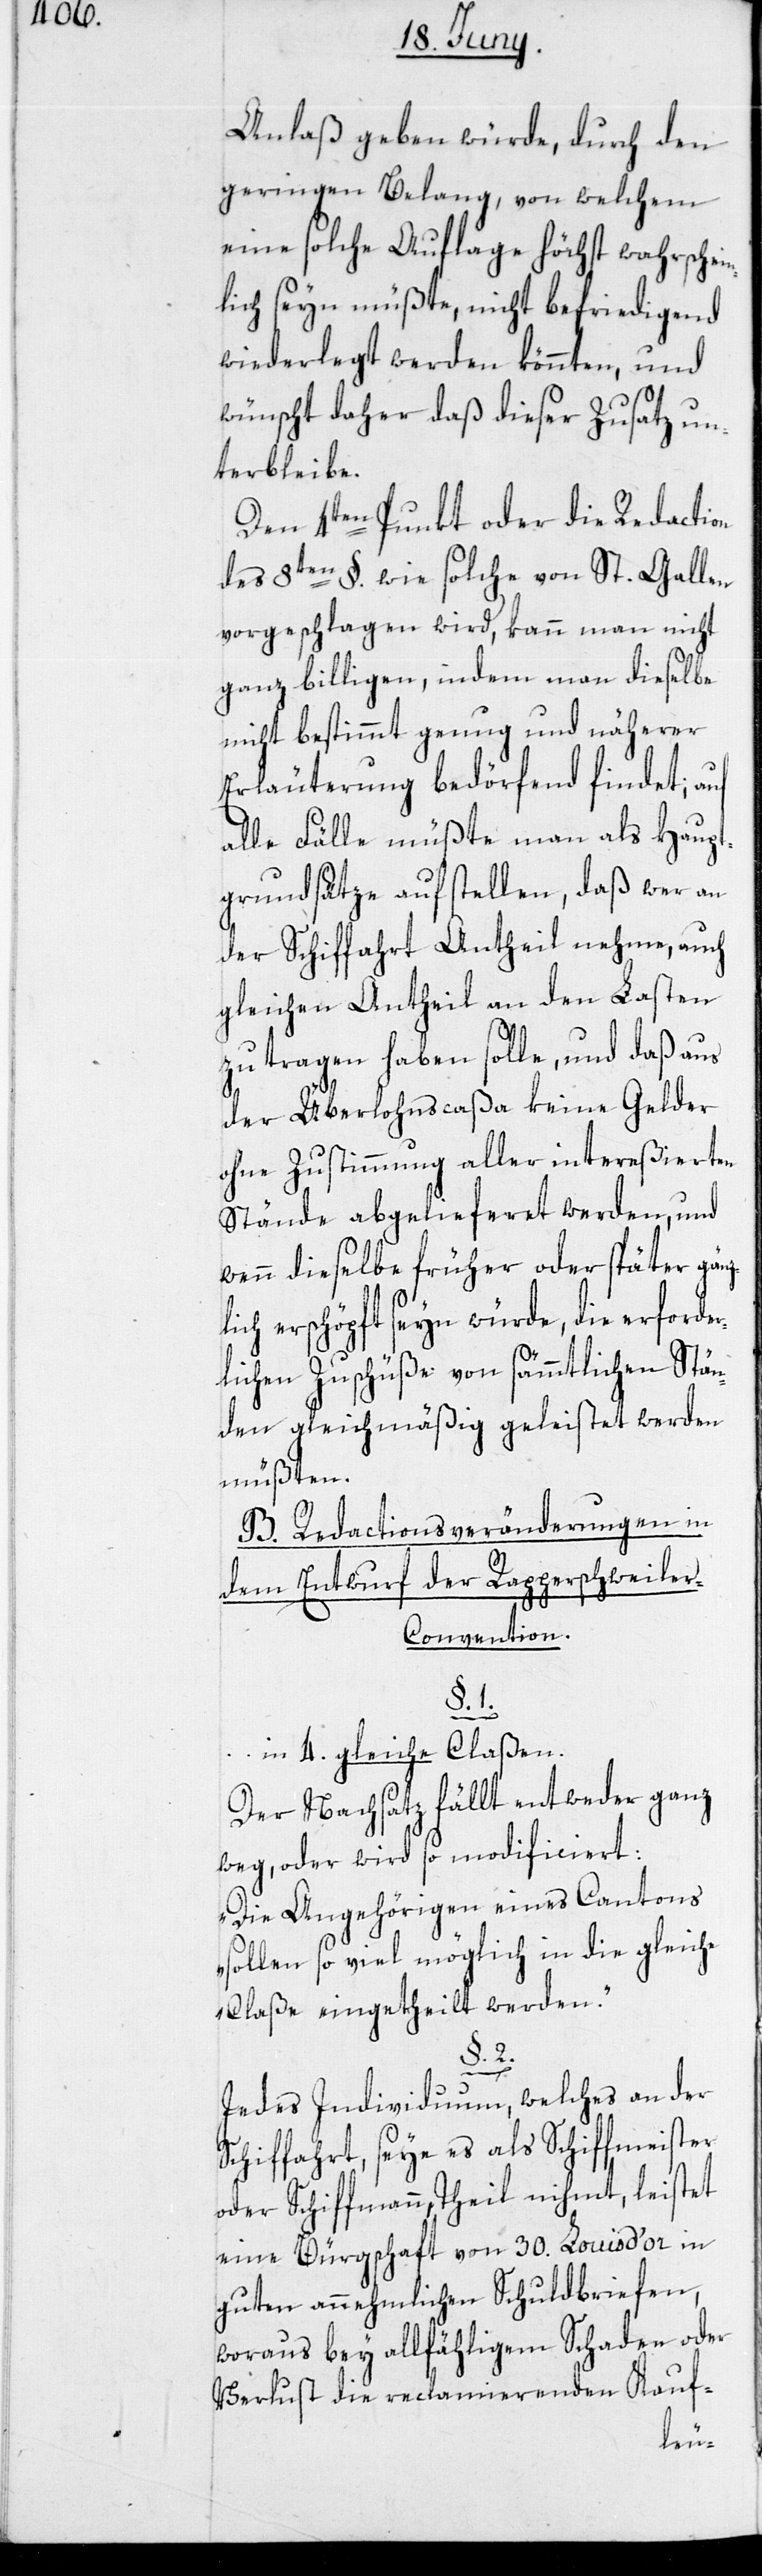
Anlaß geben würde, durch den
geringen Belang, von welchem
eine solche Auflage höchst wahrschei¬
lich seyn müßte, nicht befriedigend
wiederlegt werden könnten, und
wünscht daher daß dieser Zusatz un¬
terbleibe.
Den 4ten Punkt oder die Redaction
des 8ten §. wie solche von St. Gallen
vorgeschlagen wird, kann man nicht
ganz billigen, indem man dieselbe
nicht bestimmt genug und näherer
Erläuterung bedörfend findet; auf
alle Fälle müßte man als Haupt¬
grundsätze aufstellen, daß wer an
der Schiffahrt Antheil nehme, auch
gleichen Antheil an den Lasten
zu tragen haben solle, und daß aus
der Überlohnscaßa keine Gelder
ohne Zustimmung aller intereßierten
Stände abgelieferet werden, und
wenn dieselbe früher oder später gänz¬
lich erschöpft seyn würde, die erforde¬
rlichen Zuschüße von sämmtlichen Stän¬
den gleichmäßig geleistet werden
müßten.
B. Redactionsveränderungen in
dem Entwurf der Rapperschweile¬
r-Convention.
§. 1.
…
in 4. gleiche Claßen.
Der Nachsatz fällt entweder ganz
weg, oder wird so modificiert:
„Die Angehörigen eines Cantons
sollen so viel möglich in die gleiche
Claße eingetheilt werden.“
§. 2.
Jedes Individuum, welches an der
Schiffahrt, seye es als Schiffmeister
oder Schiffmann, Theil nihmt, leistet
eine Bürgschaft von 30. Louis d’or in
guten annehmlichen Schuldbriefen,
woraus bey allfähligem Schaden oder
Verlust die reclamierenden Kauf-